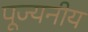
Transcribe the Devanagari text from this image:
पूज्‍यनीय